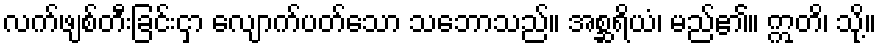
လက်ဖျစ်တီးခြင်းငှာ လျောက်ပတ်သော သဘောသည်။ အစ္ဆရိယံ၊ မည်၏။ ဣတိ၊ သို့။